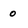
Character: 0